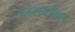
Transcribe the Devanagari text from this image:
हस्तकांवर